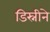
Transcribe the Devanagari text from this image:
डिस्नीने